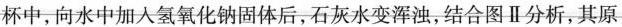
杯中，向水中加入氢氧化钠固体后，石灰水变浑浊，结合图Ⅱ分析，其原